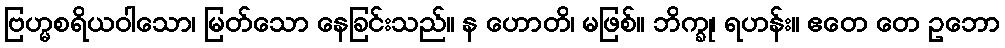
ဗြဟ္မစရိယဝါသော၊ မြတ်သော နေခြင်းသည်။ န ဟောတိ၊ မဖြစ်။ ဘိက္ခု၊ ရဟန်း။ ဧတေ တေ ဥဘော